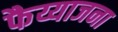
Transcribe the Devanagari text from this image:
फैय्याजना